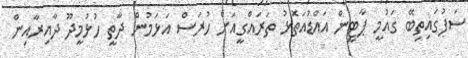
ސަފުގައިތިބޭ ގައުމީ ޕާޓީން އައްޑުއަތޮޅު ތަރައްގީއަށް ހުރަސް އަޅަމުން ދާތީ ހުޅުމީދޫ ދާއިރާއިން